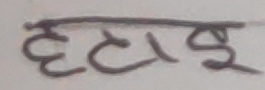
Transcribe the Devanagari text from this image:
हटाइ